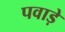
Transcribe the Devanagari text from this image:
पवाड़े